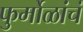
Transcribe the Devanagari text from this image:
फुर्मोळांचं